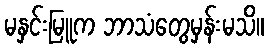
မနှင်းမြူက ဘာသံတွေမှန်းမသိ။